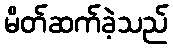
မိတ်ဆက်ခဲ့သည်